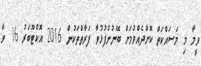
ވީމާ މި މަސައްކަތް ކޮށްދެއްވުމަށް ބޭނުންފުޅުވާ ފަރާތްތަކުން 2016 އޮކްޓޫބަރު 16 ވާ